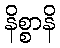
နိစ္စာနိ